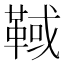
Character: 𩋉